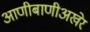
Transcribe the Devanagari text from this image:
आणीबाणीअखेर